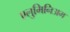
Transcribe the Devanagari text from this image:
एलुमिनिअम